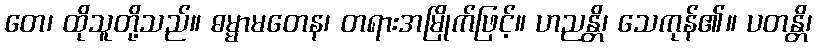
တေ၊ ထိုသူတို့သည်။ ဓမ္မာမတေန၊ တရားအမြိုက်ဖြင့်။ ဟညန္တိ၊ သေကုန်၏။ ပတန္တိ၊